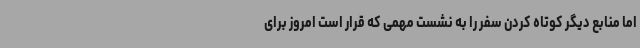
اما منابع دیگر کوتاه کردن سفر را به نشست مهمی که قرار است امروز برای